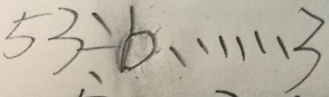
5 3 \div b \cdots 3